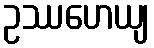
ဥဿဟေယျ